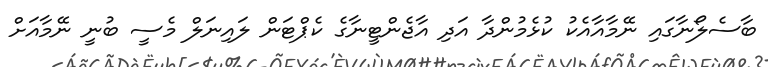
ބާސެލޯނާގައި ނޭމާއާއެކު ކުޅެމުންދާ އަދި އާޖެންޓީނާގެ ކެޕްޓަން ލައިނަލް މެސީ ބުނީ ނޭމާއަށް